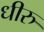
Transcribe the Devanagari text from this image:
धीरु